Annual statistical returns and brief notes on vaccination in Bengal - 1887-1898
Year: 1887
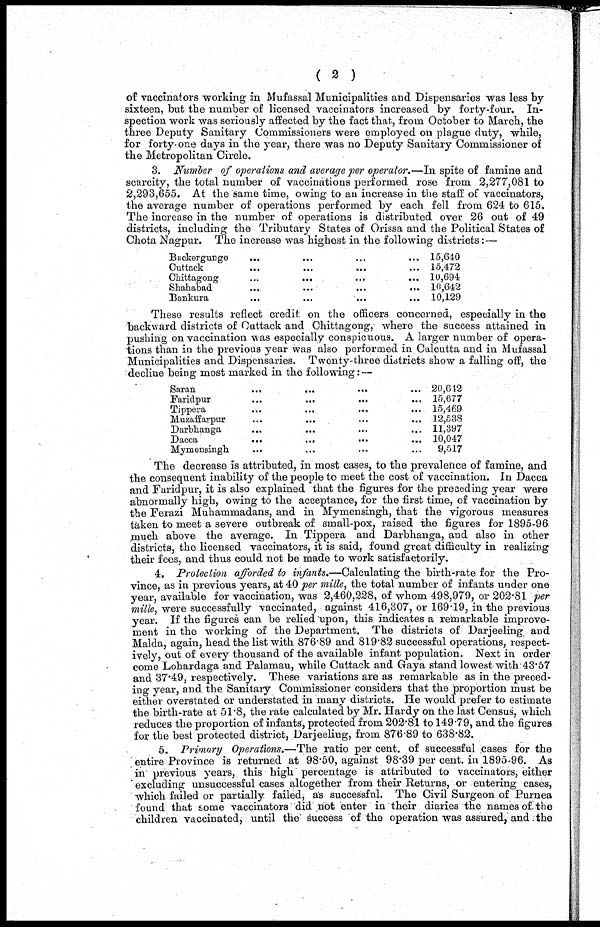
( 2 )
of vaccinators working in Mufassal Municipalities and Dispensaries was less by
sixteen, but the number of licensed vaccinators increased by forty-four. In-
spection work was seriously affected by the fact that, from October to March, the
three Deputy Sanitary Commissioners were employed on plague duty, while,
for forty one days in the year, there was no Deputy Sanitary Commissioner of
the Metropolitan Circle.
3. Number of operations and average per operator.—In spite of famine and
scarcity, the total number of vaccinations performed rose from 2,277,081 to
2,293,655. At the same time, owing to an increase in the staff of vaccinators,
the average number of operations performed by each fell from 624 to 615.
The increase in the number of operations is distributed over 26 out of 49
districts, including the Tributary States of Orissa and the Political States of
Chota Nagpur. The increase was highest in the following districts: —
Backergunge ... ... ... ...
Cuttack ... ... ... ...
Chittagong
...
...
...
...
Shahabad
...
...
...
...
Bankura ... ... ... ...
15,640
15,472
10,694
10,642
10,129
These results reflect credit on the officers concerned, especially in the
backward districts of Cuttack and Chittagong, where the success attained in
pushing on vaccination was especially conspicuous. A larger number of opera-
tions than in the previous year was also performed in Calcutta and in Mufassal
Municipalities and Dispensaries. Twenty-three districts show a falling off, the
decline being most marked in the following: —
Saran
...
...
...
...
Faridpur
...
...
...
...
Tippera
...
...
...
...
Muzaffarpur ... ... ... ...
Darbhanga ... ... ... ...
Dacca
...
...
...
...
Mymensingh. ... ... ... ...
20,612
15,677
15,469
12,538
11,397
10,047
9,517
The decrease is attributed, in most cases, to the prevalence of famine, and
the consequent inability of the people to meet the cost of vaccination. In Dacca
and Faridpur, it is also explained that the figures for the preceding year were
abnormally high, owing to the acceptance, for the first time, of vaccination by
the Ferazi Muhammadans, and in Mymensingh, that the vigorous measures
taken to meet a severe outbreak of small-pox, raised the figures for 1895-96
much above the average. In Tippera and Darbhanga, and also in other
districts, the licensed vaccinators, it is said, found great difficulty in realizing
their fees, and thus could not be made to work satisfactorily.
4. Protection afforded to infants.—Calculating the birth-rate for the Pro-
vince, as in previous years, at 40 per mille, the total number of infants under one
year, available for vaccination, was 2,460,228, of whom 498,979, or 202.81 per
mille, were successfully vaccinated, against 416,307, or 169.19, in the previous
year. If the figures can be relied upon, this indicates a remarkable improve-
ment in the working of the Department. The districts of Darjeeling and
Malda, again, head the list with 876.89 and 819.82 successful operations, respect-
ively, out of every thousand of the available infant population. Next in order
come Lohardaga and Palamau, while Cuttack and Gaya stand lowest with 43.57
and 37.49, respectively. These variations are as remarkable as in the preced-
ing year, and the Sanitary Commissioner considers that the proportion must be
either overstated or understated in many districts. He would prefer to estimate
the birth-rate at 51.8, the rate calculated by Mr. Hardy on the last Census, which
reduces the proportion of infants, protected from 202.81 to 149.79, and the figures
for the best protected district, Darjeeling, from 876.89 to 638.82.
5. Primary Operations.—The ratio per cent. of successful cases for the
entire Province is returned at 98.50, against 98.39 per cent. in 1895-96. As
in previous years, this high percentage is attributed to vaccinators, either
excluding unsuccessful cases altogether from their Returns, or entering cases,
which failed or partially failed, as successful. The Civil Surgeon of Purnea
found that some vaccinators did not enter in their diaries the names of the
children vaccinated, until the' success of the operation was assured, and the